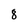
Character: 8